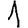
Digit: 1